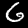
Digit: 6